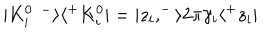
| K _ { i } ^ { 0 \enspace - } \rangle \langle ^ { + } K _ { i } ^ { 0 } | = | z _ { i } , ^ { - } \rangle 2 \pi \gamma _ { i } \langle ^ { + } z _ { i } |